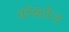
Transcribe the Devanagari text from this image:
कोबलेंज